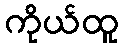
ကိုယ်ထူ